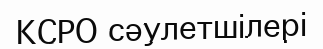
КСРО сәулетшілері